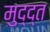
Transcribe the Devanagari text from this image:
मुद्द्त